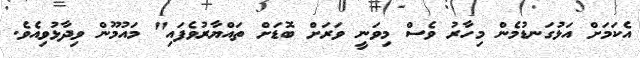
އެކަމަށް އަޅުގަނޑުމެން މިހާރު ވެސް މިވަނީ ވަރަށް ބޮޑަށް ތައްޔާރުވެފައި" މައުމޫން ވިދާޅުވިއެވެ.